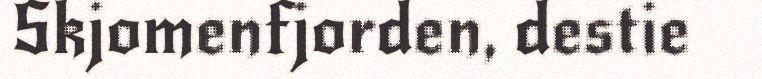
Skjomenfjorden, destie